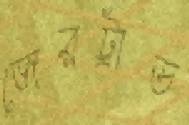
জেরট্রাড